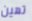
تهين